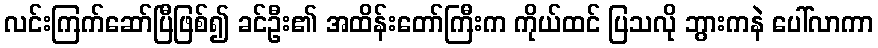
လင်းကြက်ဆော်ပြီဖြစ်၍ ခင်ဦး၏ အထိန်းတော်ကြီးက ကိုယ်ထင် ပြသလို ဘွားကနဲ ပေါ်လာကာ